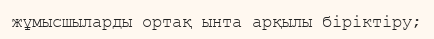
жұмысшыларды ортақ ынта арқылы біріктіру;